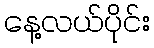
နေ့လယ်ပိုင်း